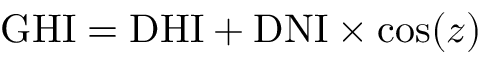
{ \mathrm { G H I } } = { \mathrm { D H I } } + { \mathrm { D N I } } \times \cos ( z )